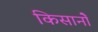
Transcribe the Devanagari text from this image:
किसानोें